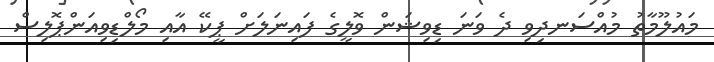
މައުލޫމާތު މުއްސަނދިވި ދެ ވަނަ ޑިވިޝަން ވޮލީގެ ފައިނަލަށް ޕީކޭ އާއި މޯލްޑިވިއަންޕޮލިސް